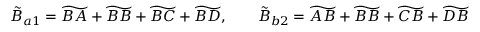
\tilde { B } _ { a 1 } = \widetilde { B A } + \widetilde { B B } + \widetilde { B C } + \widetilde { B D } , \qquad \tilde { B } _ { b 2 } = \widetilde { A B } + \widetilde { B B } + \widetilde { C B } + \widetilde { D B }